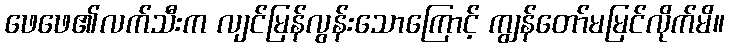
ဖေဖေ၏လက်သီးက လျင်မြန်လွန်းသောကြောင့် ကျွန်တော်မမြင်လိုက်မိ။